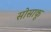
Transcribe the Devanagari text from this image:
सोसाकू